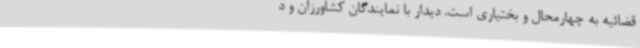
قضائیه به چهارمحال و بختیاری است. دیدار با نمایندگان کشاورزان و د